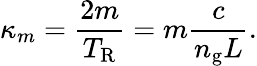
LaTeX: \kappa_{m}=\frac{2m}{T_{\mathrm{R}}}=m\frac{c}{n_{\mathrm{g}}L}.